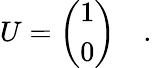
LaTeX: U=\left(\begin{array}{c}{{1}}\\ {{0}}\end{array}\right)\quad.